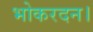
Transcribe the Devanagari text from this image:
भोकरदन।